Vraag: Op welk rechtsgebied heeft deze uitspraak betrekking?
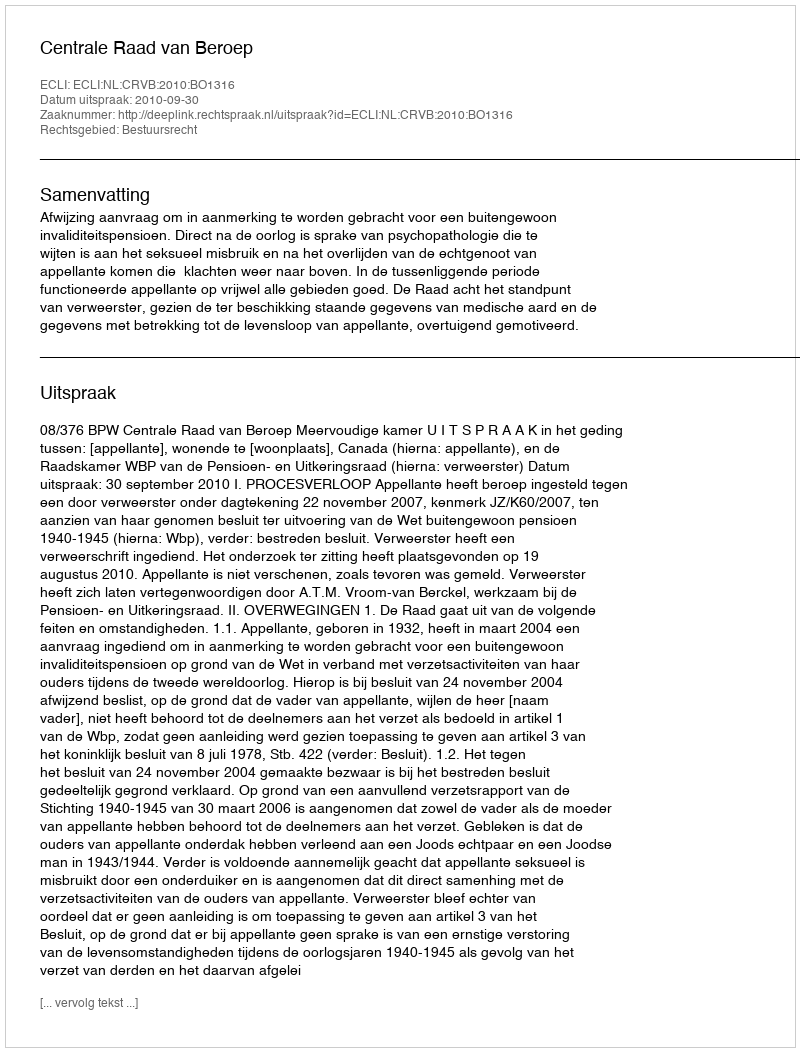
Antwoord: Bestuursrecht